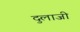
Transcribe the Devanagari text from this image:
दुलाजी